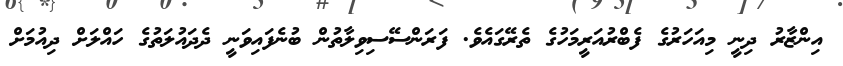
އިންޒާރު ދިނީ މިއަހަރުގެ ފެބްރުއަރީމަހުގެ ތެރޭގައެވެ. ފަރަންސޭސިވިލާތުން ބުނެފައިވަނީ ދެދައުލަތުގެ ހައްލަށް ދިއުމަށް